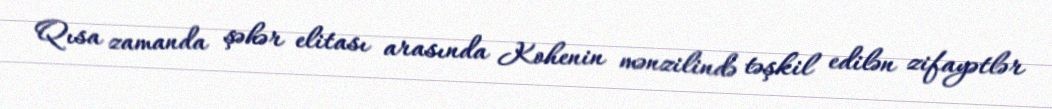
Qısa zamanda şəhər elitası arasında Kohenin mənzilində təşkil edilən zifayətlər